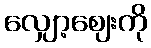
လျှော့ဈေးကို